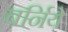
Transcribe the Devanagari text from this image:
बर्निये